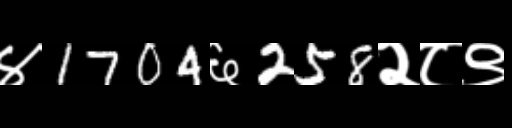
Text: ४1704६258२८९